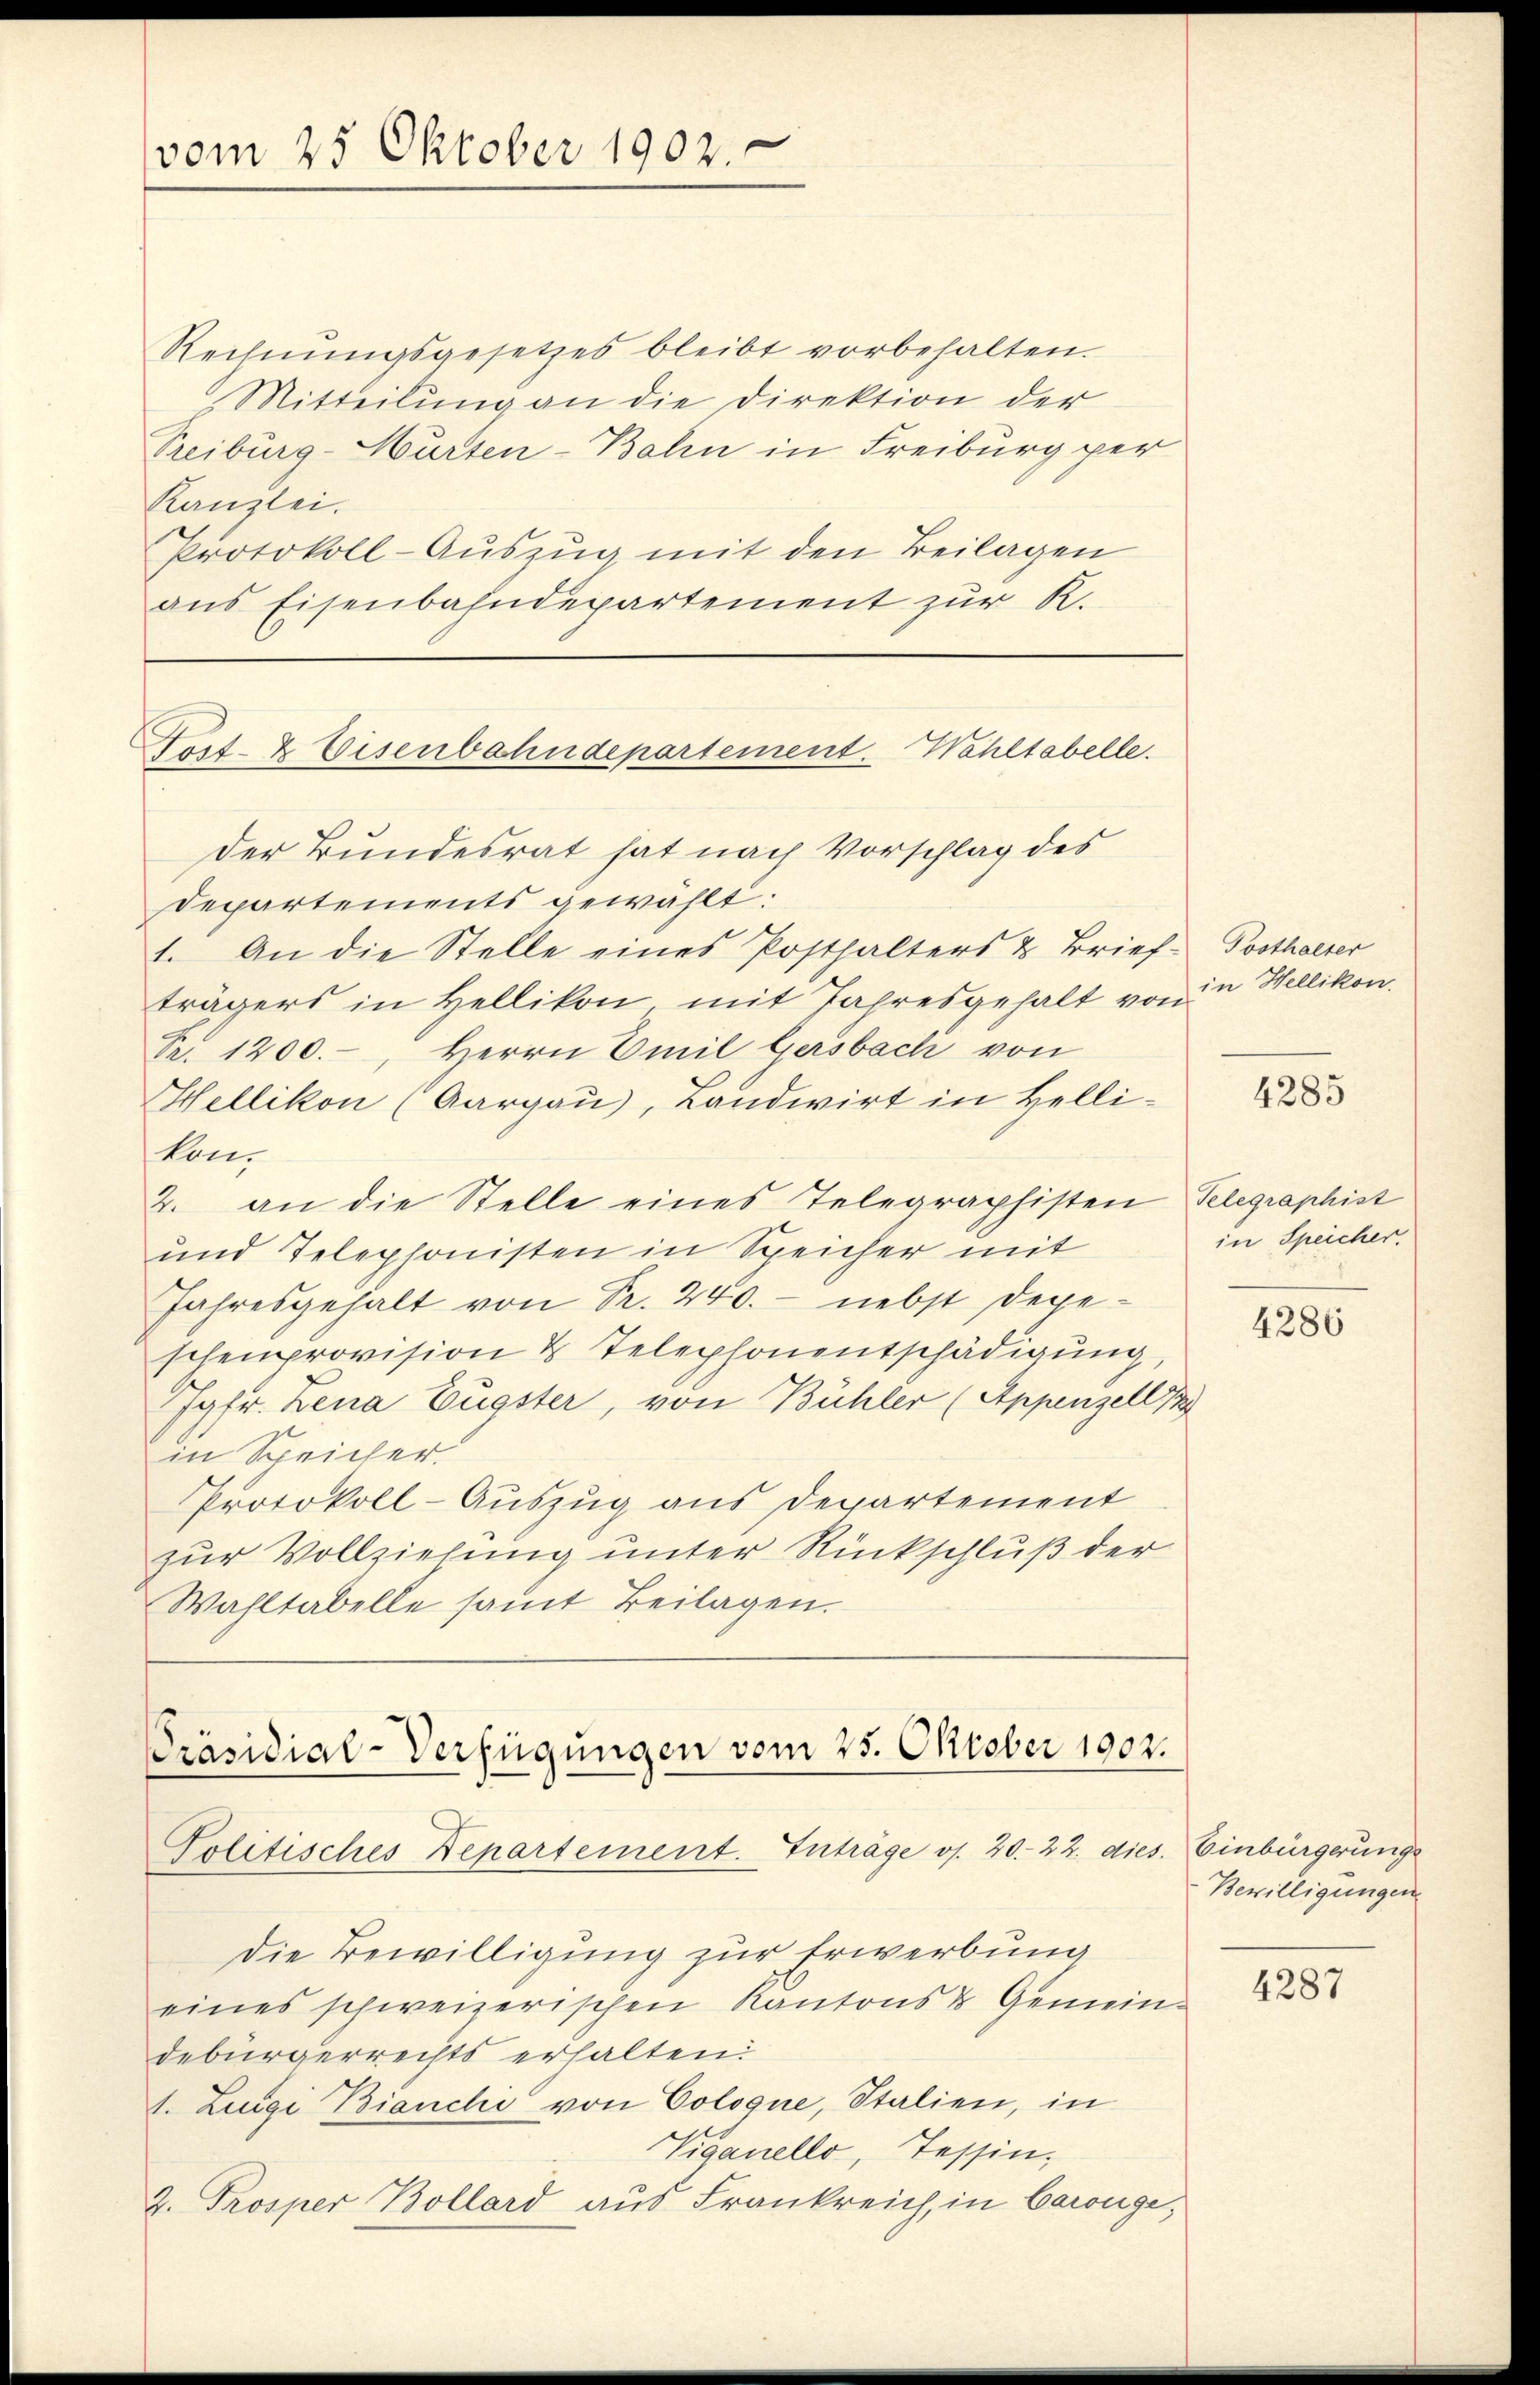
vom 25. Oktober 1902.

Rechnŭngsgesetzes bleibt vorbehalten.
Mitteilung an die Direktion der
Treiburg-Murten-Bahn in Freiburg per
Kanzlei.
Protokoll-Auszug mit den Beilagen
aus Eisenbahndepartement zur R.

Gost- & Eisenbahndepartement. Wahltabelle.

der Bundesrat hat nach Vorschlag des
Departements gewählt.
1. An die Stelle eines Posthalters & Brief Posthalter
trägers in Hellikon mit Jahresgehalt von in Wellikon.
Pr. 1200.-, Herrn Emil Gersbach von
Chellikon (Aargau), Landwirt in Hellikon¬
2. an die Stelle eines Telegraphisten Telegraphist
und Telephonisten in Speicher mit
Jahresgehalt von Pr. 240. - nebst Degeschenprovision & Telephonentschädigung,
Jgfr. Lena Eugster, von Bühler (Appenzell
in Speicher
Protokoll-Auszug aus Departement
zur Vollziehung unter Rückschluß der
Wahltabelle samt Beilagen.

Präsidial-Verfügungen vom 25. Oktober 1902.
Politisches Departement. Inträge os. 20. 22. dies. Einbürgerungs

die Bewilligung zur Erwerbung
eines schweizerischen Kantons & Gemeindebürgerrechts erhalten:
1. Zugi Bianche von Coloque, Italien, in
Viaanello, Tessin,
2. Prosper Bollard aus Frankreich, in Carouge,

4285

in Speicher.

4286

Bewilligungen

4287